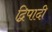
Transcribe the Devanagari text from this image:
द्विपादी